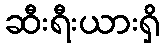
ဆီးရီးယားရှိ